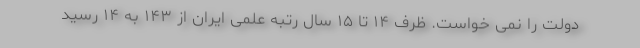
دولت را نمی خواست. ظرف ۱۴ تا ۱۵ سال رتبه علمی ایران از ۱۴۳ به ۱۴ رسید